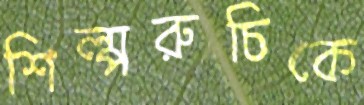
শিল্পরুচিকে